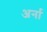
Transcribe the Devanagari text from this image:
अर्ना